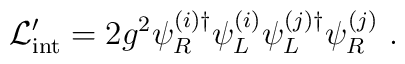
{\cal L}_{\rm int}' = 2 g^2 \psi_R^{(i)\dagger} \psi_L^{(i)} \psi_L^{(j)\dagger} \psi_R^{(j)} \ .